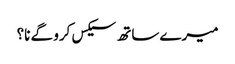
میرے ساتھ سیکس کرو گے نا؟